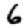
Digit: 6